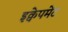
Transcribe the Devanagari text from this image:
इक्वेपमेंट